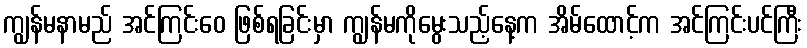
ကျွန်မနာမည် အင်ကြင်းဝေ ဖြစ်ရခြင်းမှာ ကျွန်မကိုမွေးသည့်နေ့က အိမ်ထောင့်က အင်ကြင်းပင်ကြီး